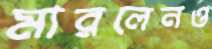
মারলেনও